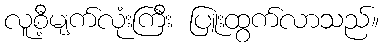
လူစီ့မျက်လုံးကြီး ပြူးထွက်လာသည်။